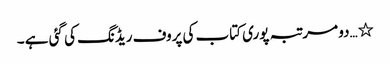
٭…دو مرتبہ پوری کتاب کی پروف ریڈنگ کی گئی ہے ۔